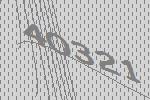
40321